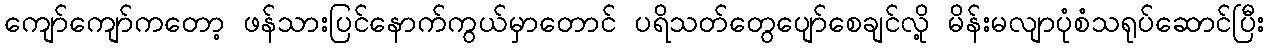
ကျော်ကျော်ကတော့ ဖန်သားပြင်နောက်ကွယ်မှာတောင် ပရိသတ်တွေပျော်စေချင်လို့ မိန်းမလျာပုံစံသရုပ်ဆောင်ပြီး